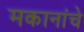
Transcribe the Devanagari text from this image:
मकानांचे